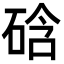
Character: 𥓂